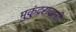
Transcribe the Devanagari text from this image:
मुकुंदरावानी